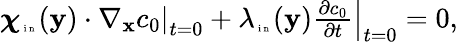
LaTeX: \begin{array}{r}{\boldsymbol\chi_{\tiny\mathrm{~i~n~}}(\mathbf y)\cdot\left.\nabla_{\mathbf x}c_{0}\right|_{t=0}+\lambda_{\tiny\mathrm{~i~n~}}(\mathbf y)\left.\frac{\partial c_{0}}{\partial t}\right|_{t=0}=0,}\end{array}